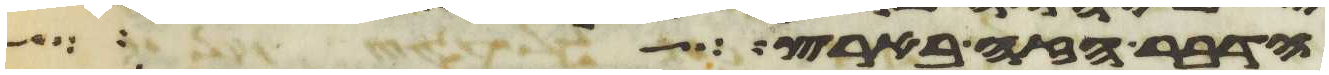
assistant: הדבר הזה בארץ